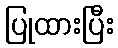
ပြုထားပြီး